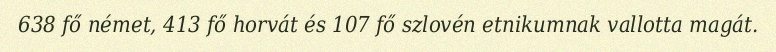
638 fő német, 413 fő horvát és 107 fő szlovén etnikumnak vallotta magát.